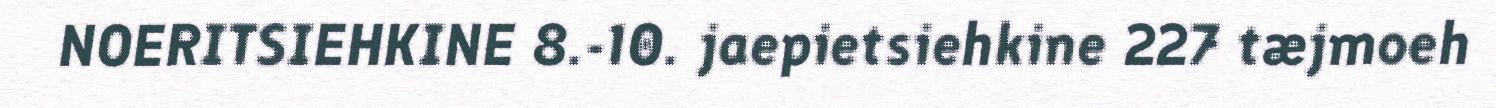
NOERITSIEHKINE 8.-10. jaepietsiehkine 227 tæjmoeh